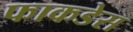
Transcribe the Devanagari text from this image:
फाकडेस